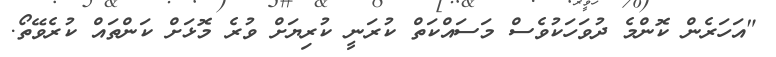
"އަހަރެން ކޮންމެ ދުވަހަކުވެސް މަސައްކަތް ކުރަނީ ކުރިޔަށް ވުރެ މޮޅަށް ކަންތައް ކުރެވޭތޯ.